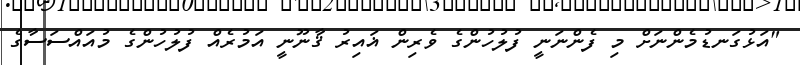
"އަޅުގަނޑުމެންނަށް މި ފެންނަނީ ފުލުހުންގެ ވެރިން ޣައިރު ޤާނޫނީ އަމުރެއް ފުލުހުންގެ މުއައްސަސާގެ